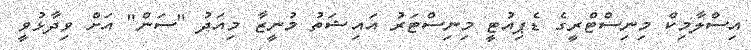
އިސްލާމިކް މިނިސްޓްރީގެ ޑެޕިއުޓީ މިނިސްޓަރު އައިޝަތު މުނީޒާ މިއަދު "ސަން" އަށް ވިދާޅުވީ